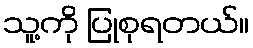
သူ့ကို ပြုစုရတယ်။